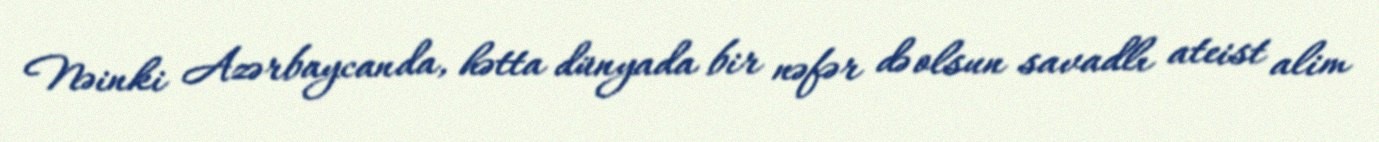
Nəinki Azərbaycanda, hətta dünyada bir nəfər də olsun savadlı ateist alim